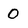
Character: O